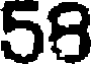
58